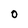
Character: 0